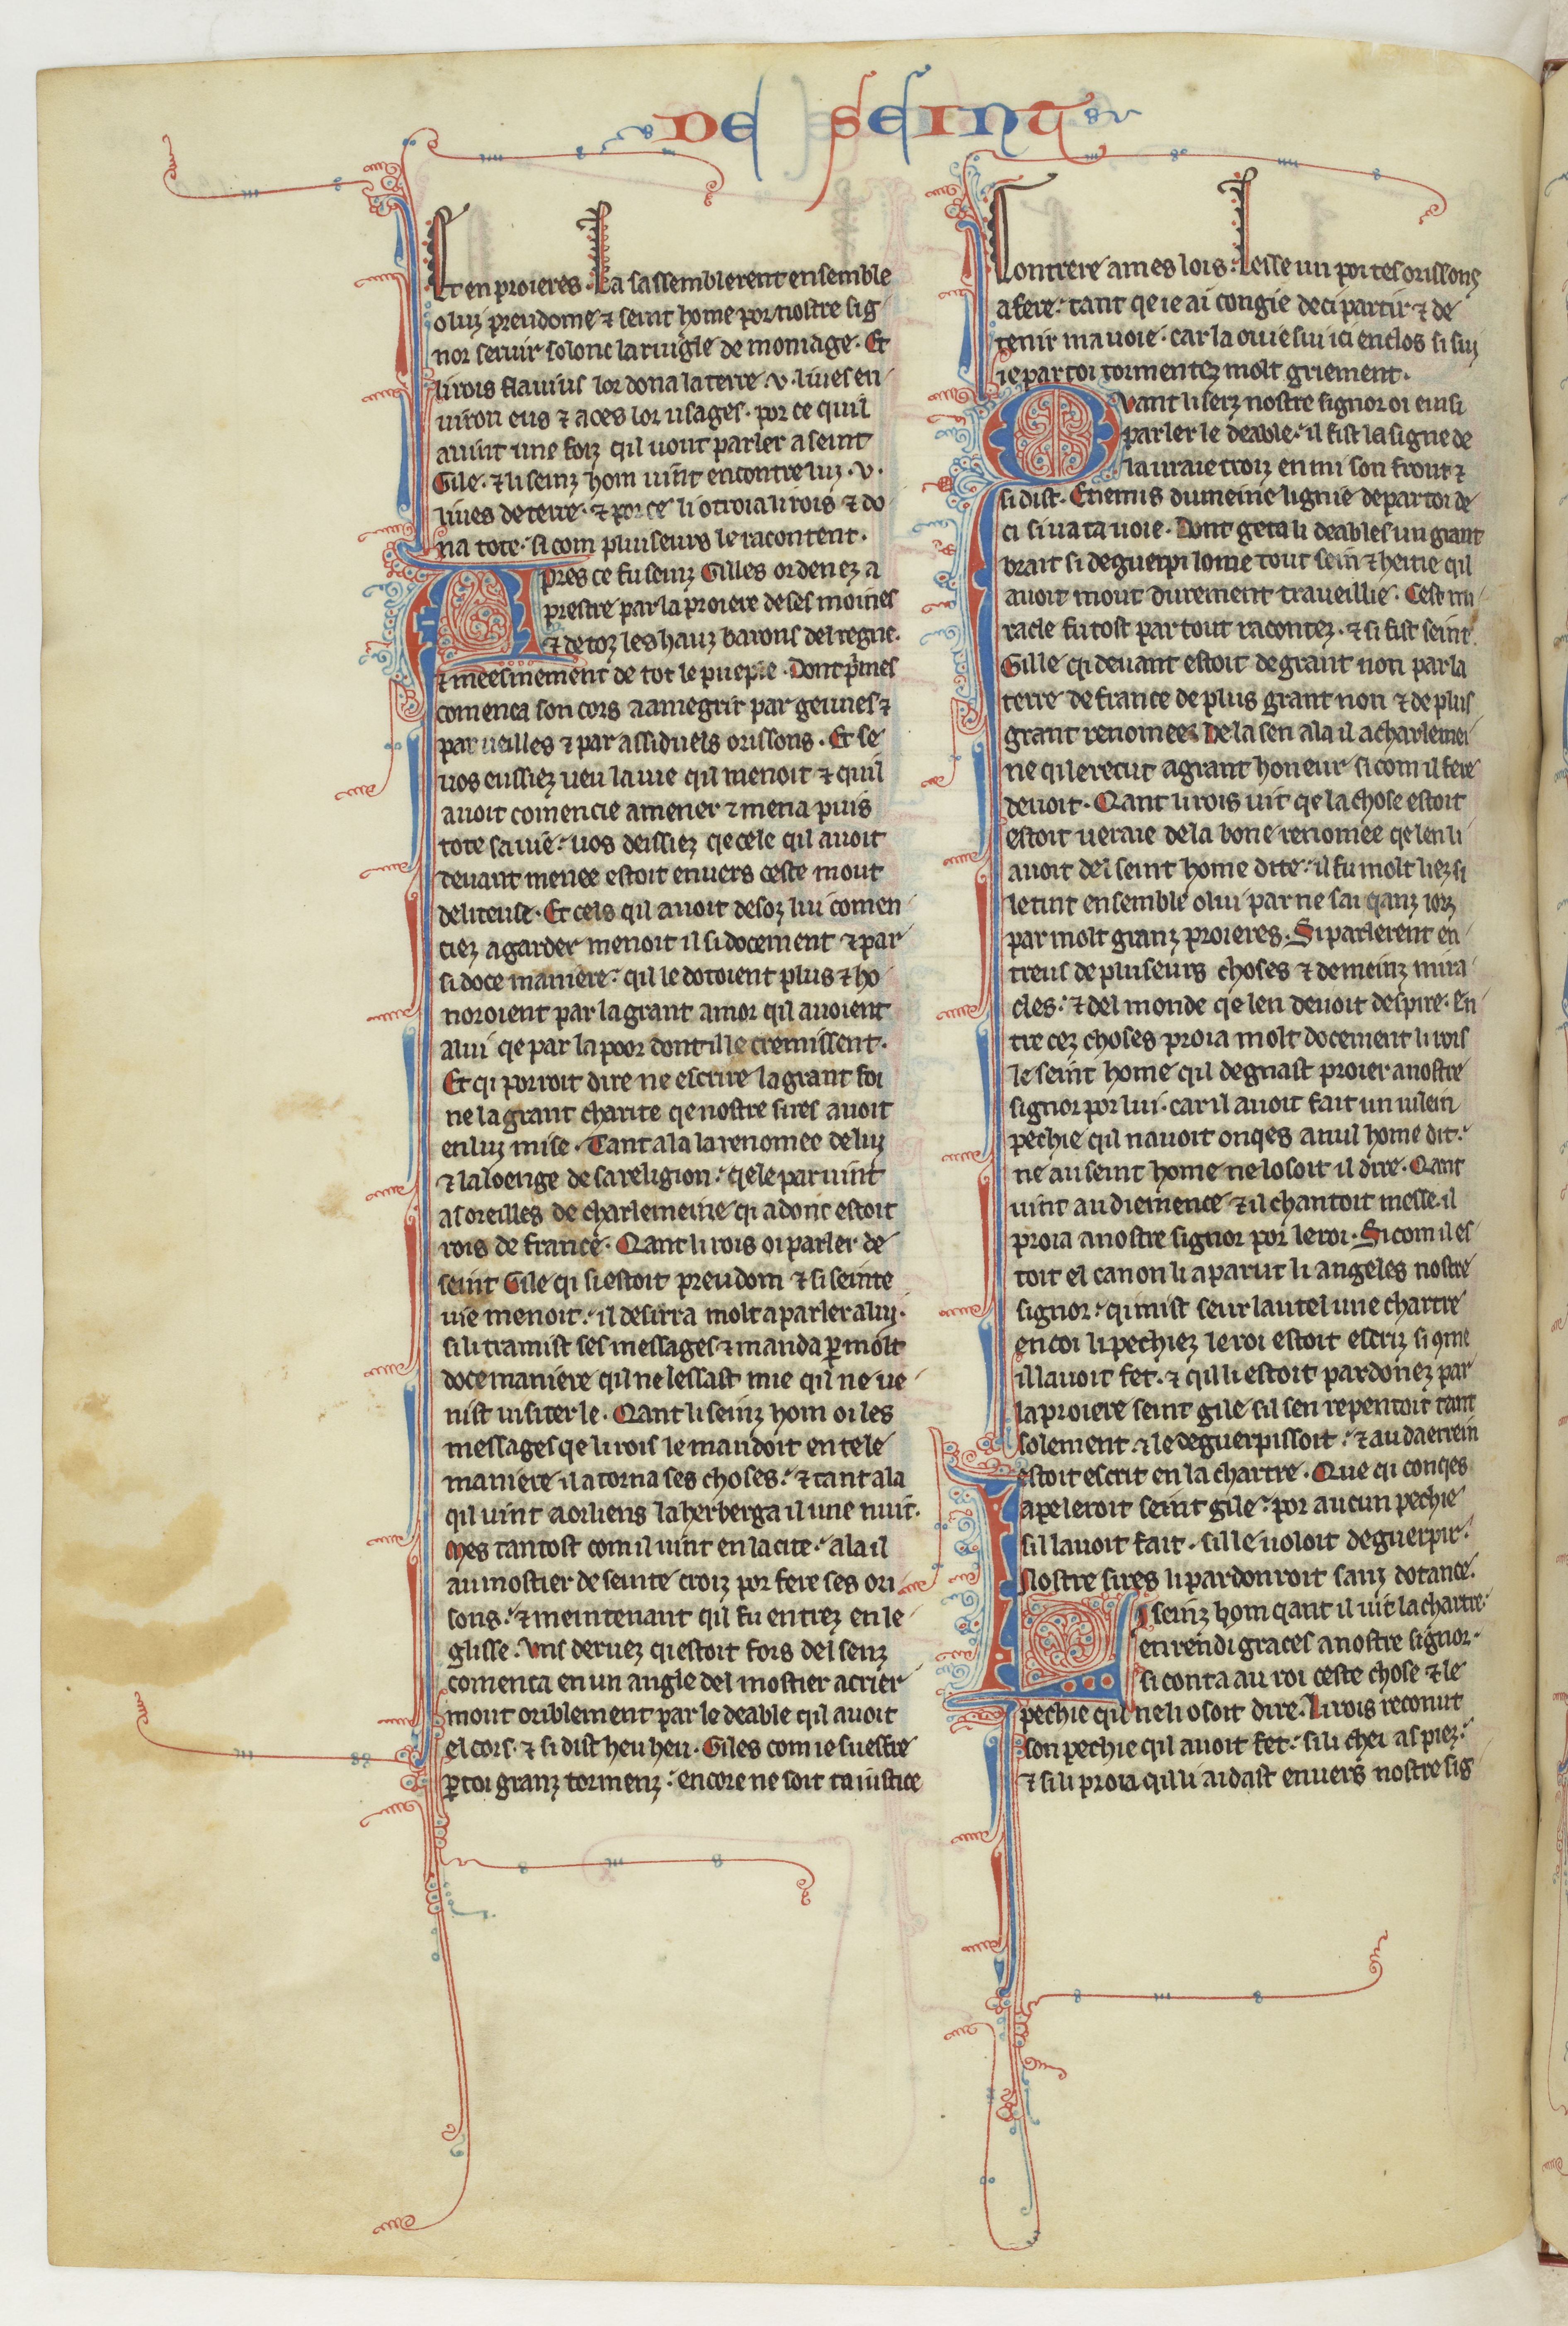
Shelfmark: Paris, BnF, fr. 412
Century: 13